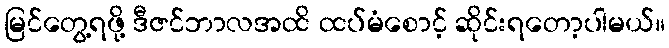
မြင်တွေ့ရဖို့ ဒီဇင်ဘာလအထိ ထပ်မံစောင့် ဆိုင်းရတော့ပါမယ်။